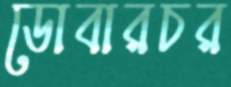
ডোবারচর